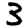
Digit: 3